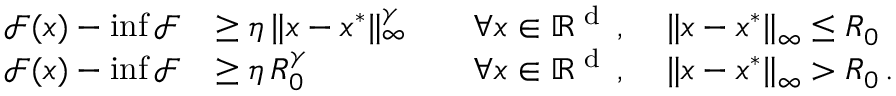
\begin{array} { r l r l } { \mathcal { F } ( x ) - \operatorname* { i n f } \mathcal { F } } & { \geq \eta \, \| x - x ^ { * } \| _ { \infty } ^ { \gamma } \quad } & { \forall x \in \mathbb R ^ { \textup { d } } \, , \; } & { \| x - x ^ { * } \| _ { \infty } \leq R _ { 0 } } \\ { \mathcal { F } ( x ) - \operatorname* { i n f } \mathcal { F } } & { \geq \eta \, R _ { 0 } ^ { \gamma } \quad } & { \forall x \in \mathbb R ^ { \textup { d } } \, , \; } & { \| x - x ^ { * } \| _ { \infty } > R _ { 0 } \, . } \end{array}